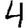
Digit: 4